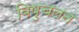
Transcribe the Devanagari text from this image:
विषुचलन